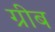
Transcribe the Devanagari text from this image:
ग्रीब